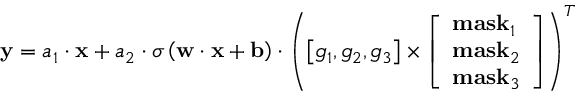
{ \bf { y } } = { a _ { 1 } } \cdot { \bf { x } } + { a _ { 2 } } \cdot \sigma \left( { { \bf { w } } \cdot { \bf { x } } + { \bf { b } } } \right) \cdot { \left( { \left[ { { g _ { 1 } } , { g _ { 2 } } , { g _ { 3 } } } \right] \times \left[ \begin{array} { l } { { \bf { m a s } } { { \bf { k } } _ { 1 } } } \\ { { \bf { m a s } } { { \bf { k } } _ { 2 } } } \\ { { \bf { m a s } } { { \bf { k } } _ { 3 } } } \end{array} \right] } \right) ^ { T } }